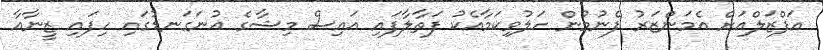
އަފްޒަލްއަށް އެމަންޒަރު ފެނުމުން ހަލުވިކަމާއެކު ފަތާލާފައި އައިސް މިޝާގެ އުނަގަނޑުގައި ހިފައި ޒީނާއާ